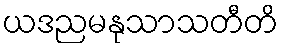
ယဒညမနုသာသတီတိ